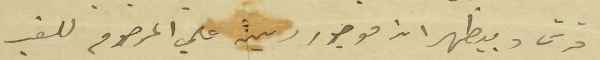
قرش وبيظهر انه موجود دين على المرحوم للغير